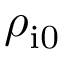
\rho _ { \mathrm { i 0 } }